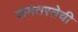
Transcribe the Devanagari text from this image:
कमतरतेची